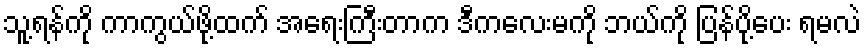
သူ့ရန်ကို ကာကွယ်ဖို့ထက် အရေးကြီးတာက ဒီကလေးမကို ဘယ်ကို ပြန်ပို့ပေး ရမလဲ